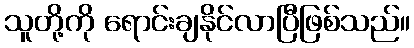
သူတို့ကို ရောင်းချနိုင်လာပြီဖြစ်သည်။